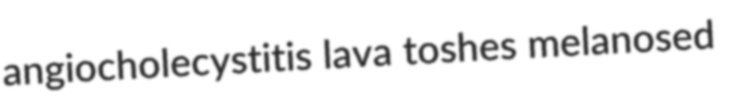
angiocholecystitis lava toshes melanosed